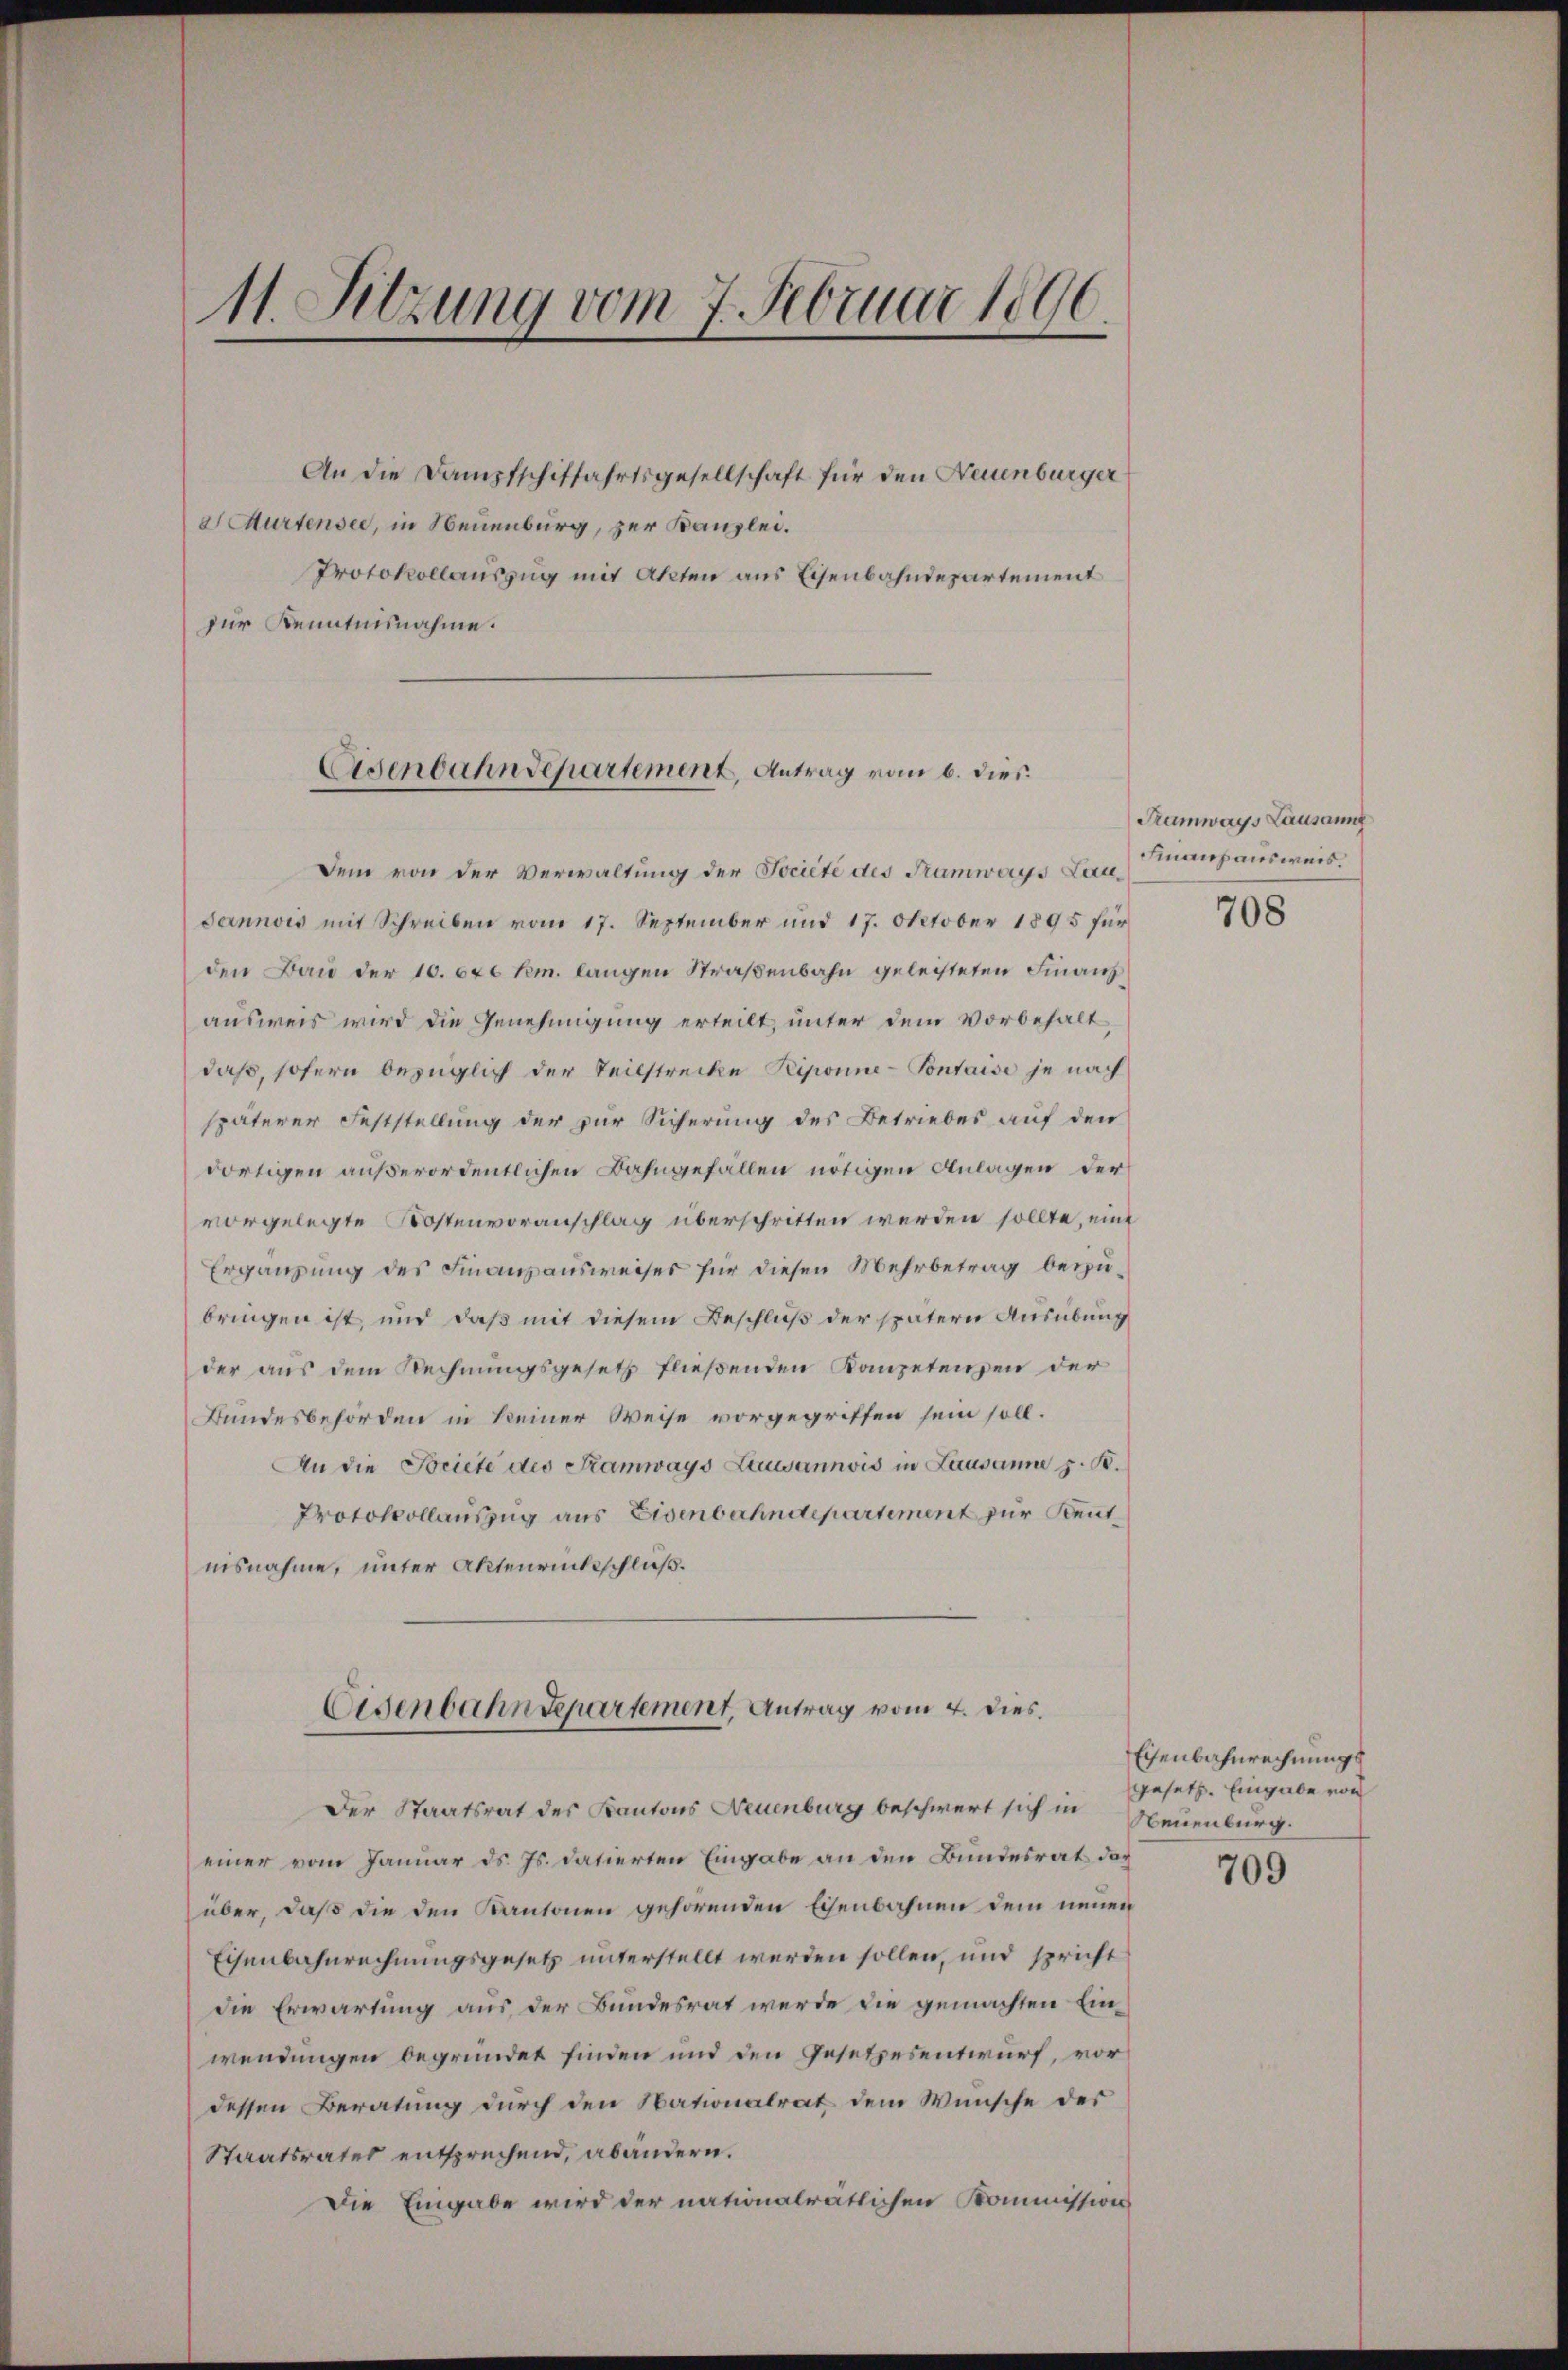
11. Sitzung vom 7. Februar 1890.

An die Dampfschiffahrtsgesellschaft für den Neuenburger
Murtensee, in Neuenburg, zur Kanzlei.
Protokollauszug mit Akten aus Eisenbahndepartement
zur Kenntnisnahme.

Eisenbahndepartement, Antrag vom 6. dies

Dem von der Verwaltung der Société des Tramways Lau¬
Jannois mit Schreiben vom 17. September und 17. October 1895 für
den Bau der 10. 620 km. langen Straßenbahn geleisteten Finanzausweis wird die Genehmigung erteilt, unter dem Vorbehalt
daß, sofern bezüglich der Teilstrecke Riponne-Pontaise je nach
späterer Feststellung der zur Sicherung des Betriebes auf den
dortigen außerordentlichen Bahngefällen nötigen Anlagen der
vorgelegte Kostenvoranschlag überschritten werden sollte, eine
Ergänzung des Finanzausweises für diesen Mehrbetrag beizubringen ist, und daß mit diesem Beschluß der spätern Ausübung
der aus dem Rechnungsgesetz fließenden Kanzetenzen der
Bundesbehörden in keiner Weise vorgegriffen sein soll.
An die Briete des Samways Lausannvis in Lausanne z. B.
Protokollauszug aus Eisenbahndepartement zur Kenntnisnahme, unter Aktenrückschluß.
Eisenbahndepartement, Antrag vom 4. Dies.
Der Staatsrat des Kantons Neuenburg beschwert sich in Neuenburg.
einer vom Januar ds. Js. datierten Eingabe an den Bundesrat das
über, daß die den Kantonen gehörenden Eisenbahnen dem neuen
Eisenbahnrechnungsgesetz unterstellt werden sollen, und spricht
die Erwartung aus der Bundesrat werde die gemachten Einwendungen begründet finden und den Gesetzesentwurf, vor
dessen Beratung durch den Nationalrat dem Wunsche der
Staatsrates entsprechend, abandern.
Die Eingabe wird der nationalratlichen Kommission

Tramways Lausann
Finanzausweis.

708

Eisenbahnrechnungs
gesetz. Eingabe von

709